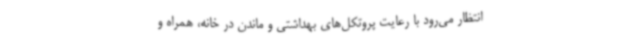
انتظار می‌رود با رعایت پروتکل‌های بهداشتی و ماندن در خانه، همراه و